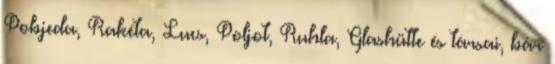
Pobjeda, Rakéta, Lucs, Poljot, Ruhla, Glashütte és társai, bár